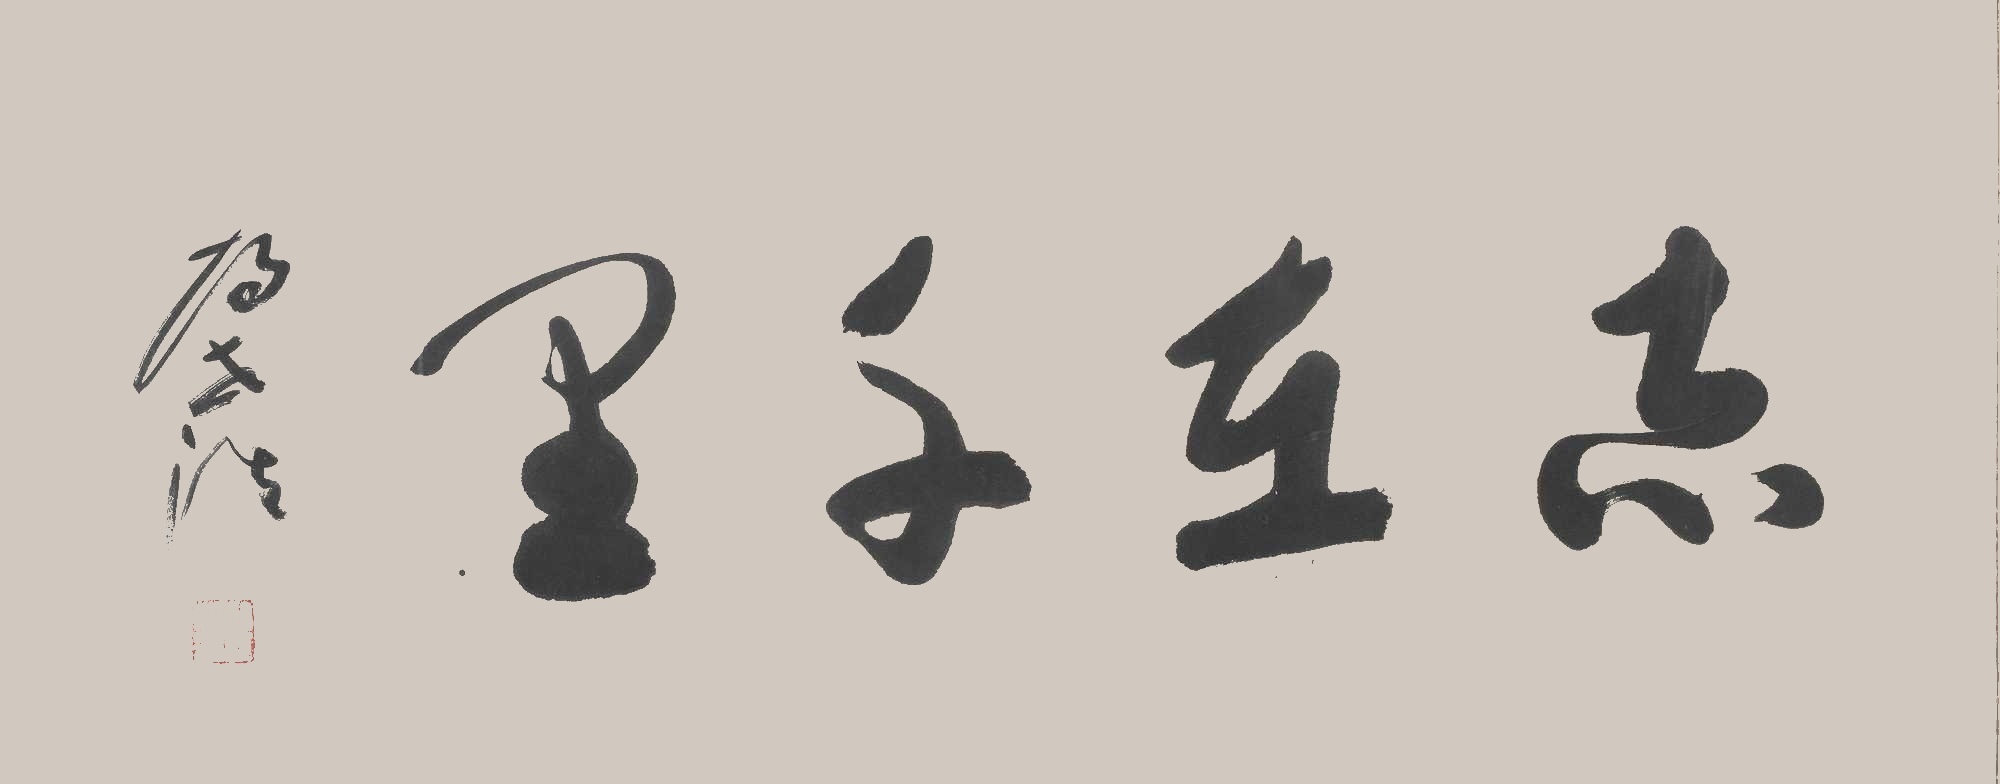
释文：志在千里胡世浩印